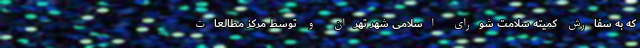
که به‌ سفارش کمیته سلامت شورای اسلامی شهر تهران و توسط مرکز مطالعات